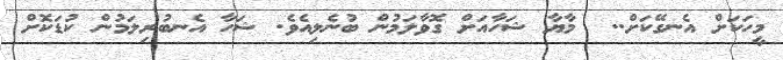
މީހަކަށް އެނގޭކަށް..  މާޔާ ޝަހާއަށް ގޮވާލަމުން ބުނެލިއެވެ. ޝަހާ އެނބުރިލަމުން ކުޑަކޮށް